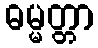
ဓမ္မတ္တာ